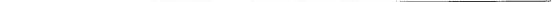
___